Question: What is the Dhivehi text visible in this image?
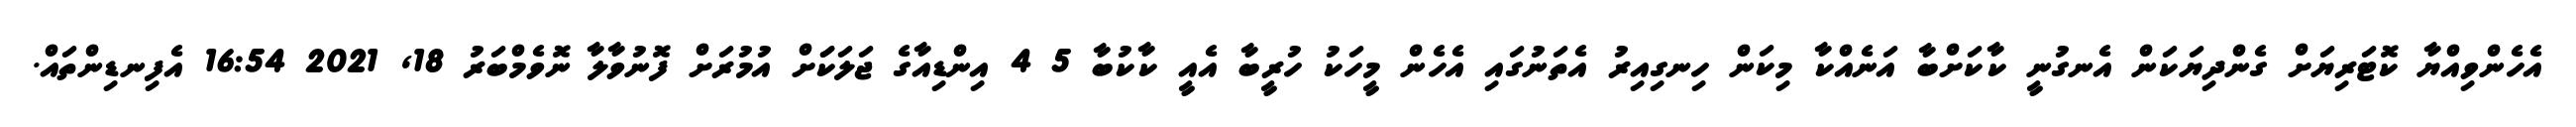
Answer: އެހެންވިއްޔާ ކޮޓަރިޔަށް ގެންދިޔަކަން އެނގުނީ ކާކަށްބާ އަނެއްކާ މިކަން ހިނގިއިރު އެތަނުގައި އެހެން މީހަކު ހުރީބާ އެއީ ކާކުބާ 5 4 އިންޑިއާގެ ޖަލަކަަށް އުމުރަށް ފޮނުވާލާ ނޮވެމްބަރު 18, 2021 16:54 އެފިނޑިންތައް.